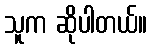
သူက ဆိုပါတယ်။